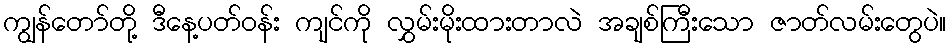
ကျွန်တော်တို့ ဒီနေ့ပတ်ဝန်း ကျင်ကို လွှမ်းမိုးထားတာလဲ အချစ်ကြီးသော ဇာတ်လမ်းတွေပဲ။